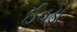
ઈવડા